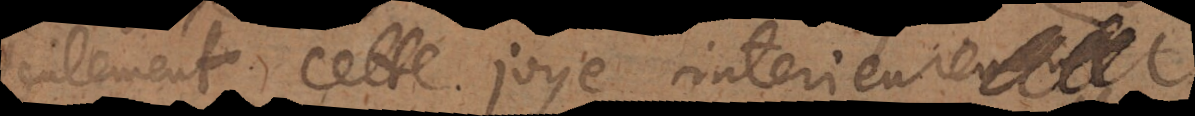
ulement cette joye interieur